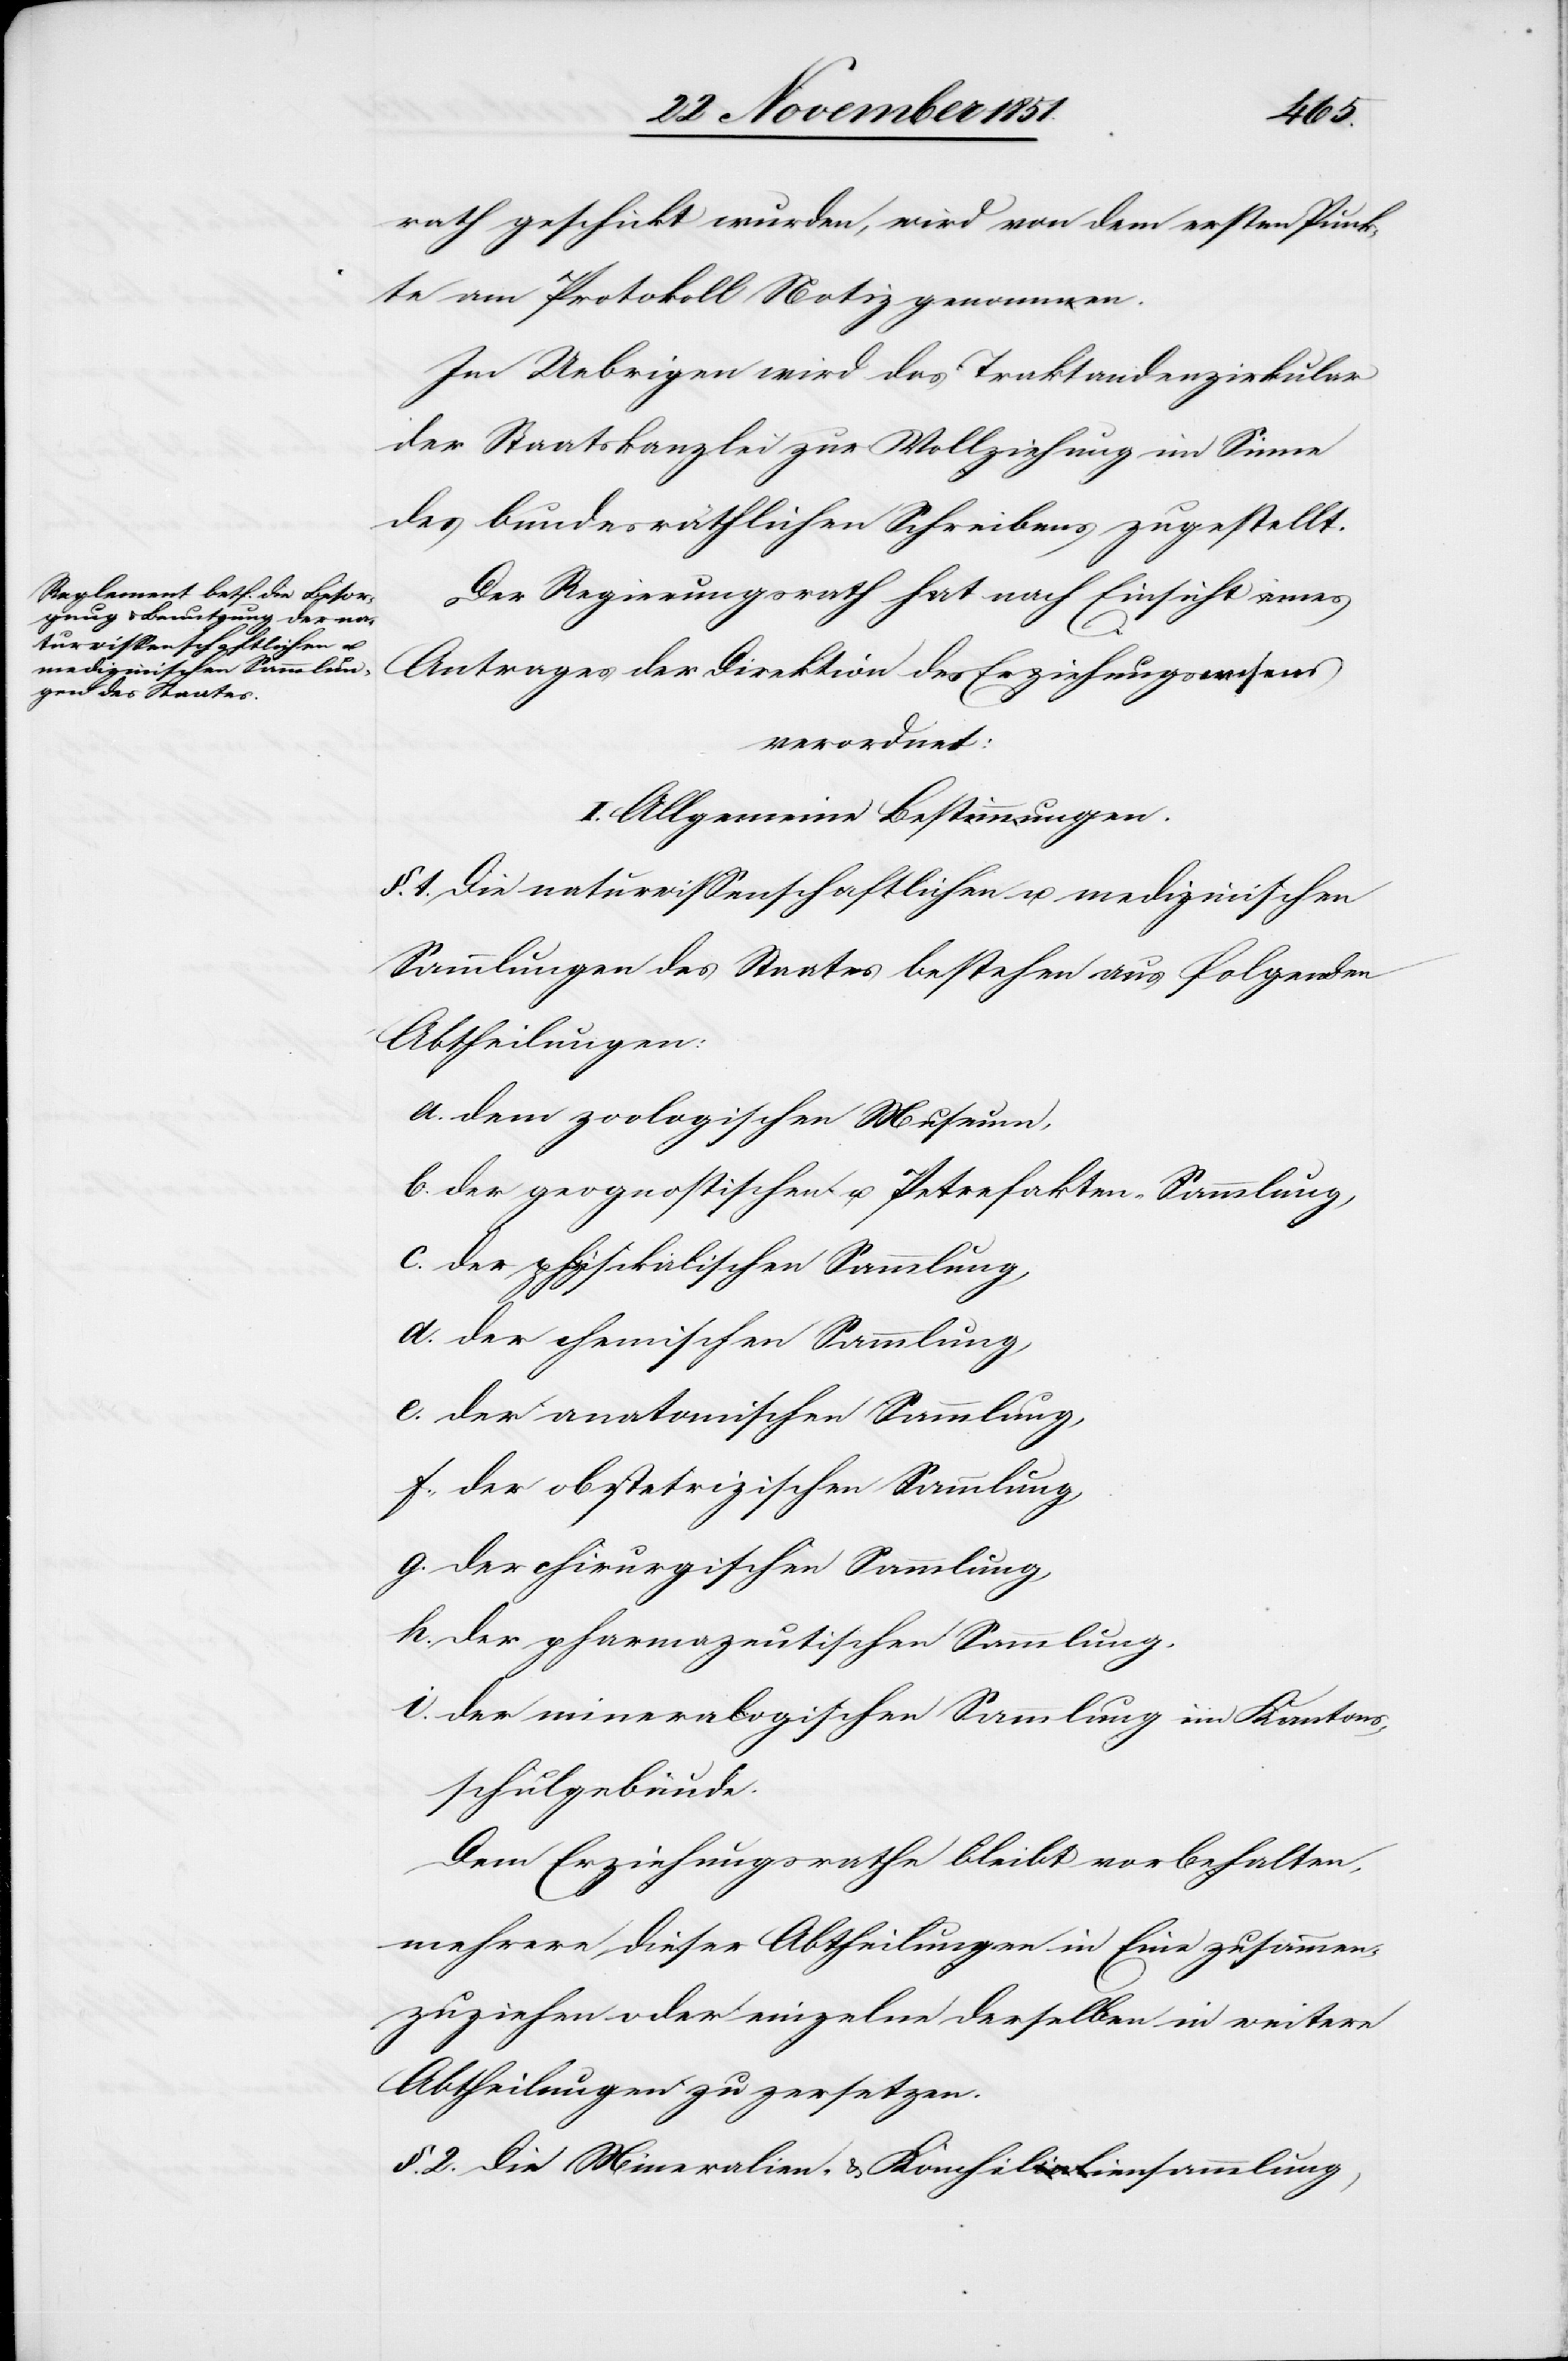
rath geschickt wurden, wird von dem ersten Punk¬
te am Protokoll Notiz genommen.
Im Uebrigen wird das Traktandenzirkular
der Staatskanzlei zur Vollziehung im Sinne
des bundesräthlichen Schreibens zugestellt.
Der Regierungsrath hat nach Einsicht eines
Antrages der Direktion des Erziehungswesens
verordnet:
I. Allgemeine Bestimmungen.
§. 1. Die naturwissenschaftlichen u. medizinischen
Sammlungen des Staates bestehen aus folgenden
Abtheilungen:
a. dem zoologischen Museum,
b. der geognostischen u. Petrefakten-Sammlung,
c. der physikalischen Sammlung,
d. der chemischen Sammlung,
e. der anatomischen Sammlung,
f. der obstetrizischen Sammlung,
g. der chirurgischen Sammlung,
h. der pharmazeutischen Sammlung,
i. der mineralogischen Sammlung im Kantons¬
schulgebäude.
Dem Erziehungsrathe bleibt vorbehalten,
mehrere dieser Abtheilungen in Eine zusammen¬
zuziehen oder einzelne derselben in weitere
Abtheilungen zu zersetzen.
§. 2. Die Mineralien- & Komhiliensammlung,